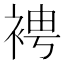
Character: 𧚗